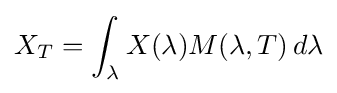
X_{T}=\int _{\lambda }X(\lambda )M(\lambda ,T)\,d\lambda